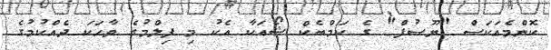
ކޮންމެއަކަސް "ޔޫސުފް" ގެ ކަމްބެކް ޝޯއަކާ އެކު މި ފިލްމުގެ ވާހަކަ ދެއްކުމުގެ